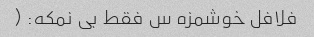
فلافل خوشمزه س فقط بی نمکه: (